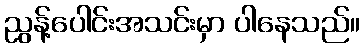
ညွန့်ပေါင်းအသင်းမှာ ပါနေသည်။